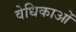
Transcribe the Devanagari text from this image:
वेधिकाओं